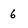
Character: 6